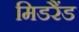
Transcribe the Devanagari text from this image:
मिडरैंड